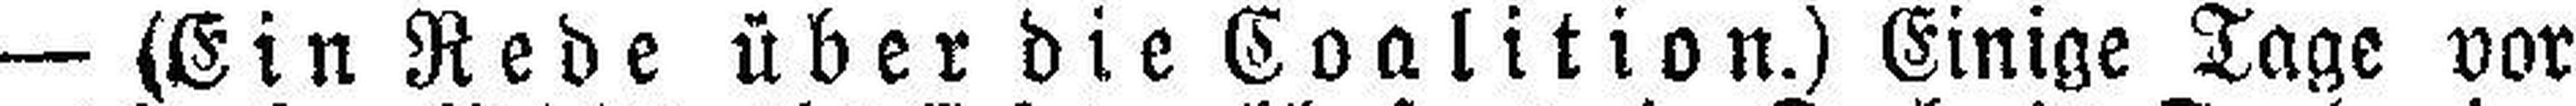
— (Ein Rede über die Coalition.) Einige Tage vor